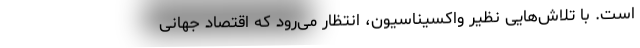
است. با تلاش‌هایی نظیر واکسیناسیون، انتظار می‌رود که اقتصاد جهانی